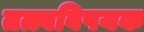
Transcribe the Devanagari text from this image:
तत्त्वविषयक